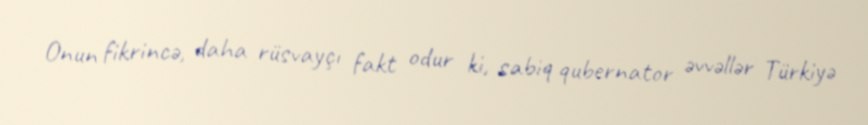
Onun fikrincə, daha rüsvayçı fakt odur ki, sabiq qubernator əvvəllər Türkiyə